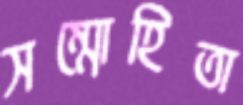
সম্মোহিতা